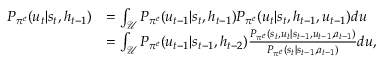
\begin{array} { r l } { P _ { \pi ^ { e } } ( u _ { t } | s _ { t } , h _ { t - 1 } ) } & { = \int _ { \mathcal { U } } P _ { \pi ^ { e } } ( u _ { t - 1 } | s _ { t } , h _ { t - 1 } ) P _ { \pi ^ { e } } ( u _ { t } | s _ { t } , h _ { t - 1 } , u _ { t - 1 } ) d u } \\ & { = \int _ { \mathcal { U } } P _ { \pi ^ { e } } ( u _ { t - 1 } | s _ { t - 1 } , h _ { t - 2 } ) \frac { P _ { \pi ^ { e } } ( s _ { t } , u _ { t } | s _ { t - 1 } , u _ { t - 1 } , a _ { t - 1 } ) } { P _ { \pi ^ { e } } ( s _ { t } | s _ { t - 1 } , a _ { t - 1 } ) } d u , } \end{array}